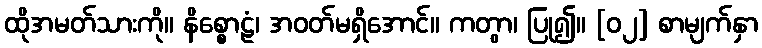
ထိုအမတ်သားကို။ နိစ္စောဠံ၊ အဝတ်မရှိအောင်။ ကတွာ၊ ပြု၍။ [၀၂] စာမျက်နှာ